Senior Leaving Certificate Examination (including Day School Certificate (Higher) General paper), 1946
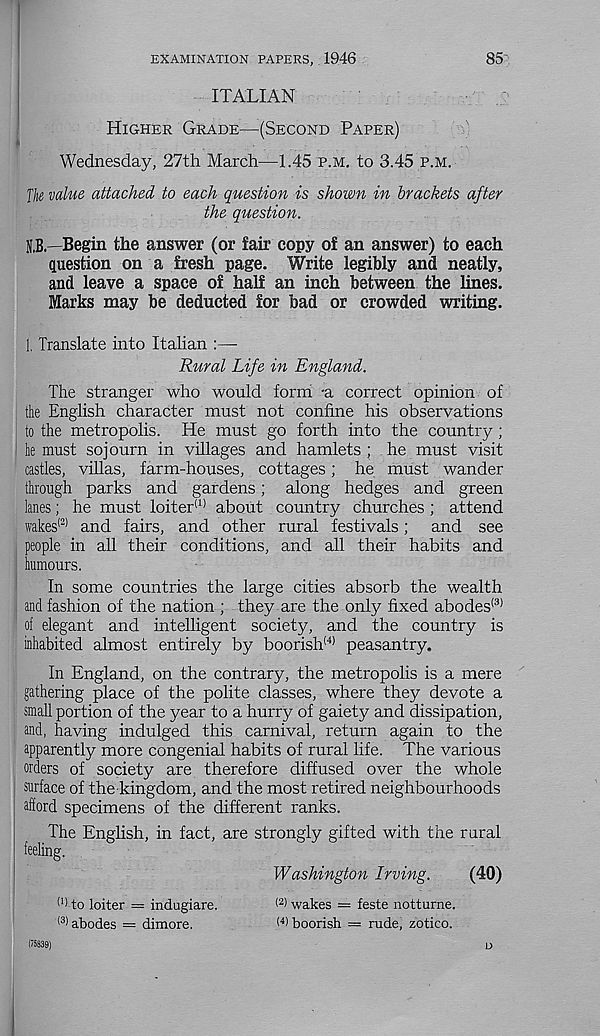
EXAMINATION PAPERS, 1946
85'
ITALIAN
Higher Grade—(Second Paper)
Wednesday, 27th March—1.45 p.m. to 3.45 p.m.
fhe value attached to each question is shown in brackets after
the question.
R.B.—Begin the answer (or fair copy of an answer) to each
question on a fresh page. Write legibly and neatly,
and leave a space of half an inch between the lines.
Marks may be deducted for bad or crowded writing.
1. Translate into Italian :—
Rural Life in England.
The stranger who would form -a correct opinion of
the English character must not confine his observations
to the metropolis. He must go forth into the country;
he must sojourn in villages and hamlets ; he must visit
castles, villas, farm-houses, cottages; he must wander
through parks and gardens; along hedges and green
lanes; he must loiter (1) about country churches ; attend
wakes (2) and fairs, and other rural festivals; and see
people in all their conditions, and all their habits and
humours.
In some countries the large cities absorb the wealth
and fashion of the nation ; they are the only fixed abodes (3)
of elegant and intelligent society, and the country is
inhabited almost entirely by boorish (4) peasantry.
In England, on the contrary, the metropolis is a mere
gathering place of the polite classes, where they devote a
small portion of the year to a hurry of gaiety and dissipation,
and, having indulged this carnival, return again to the
apparently more congenial habits of rural life. The various
orders of society are therefore diffused over the whole
surface of the kingdom, and the most retired neighbourhoods
afford specimens of the different ranks.
The English, in fact, are strongly gifted with the rural
feeling.
Washington Irving.
(40)
(I) to loiter = indagiare.
(2) wakes = feste notturne.
(3) abodes = dimore.
<4) boorish = rude, zotico.
(75839)
D